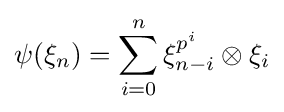
\psi (\xi _{n})=\sum _{i=0}^{n}\xi _{n-i}^{p^{i}}\otimes \xi _{i}